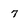
Character: 7